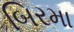
બિરમા